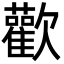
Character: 歡